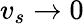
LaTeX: v_{s}\rightarrow 0